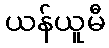
ယန်ယူမီ